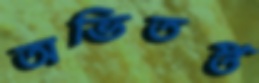
অভিতপ্ত